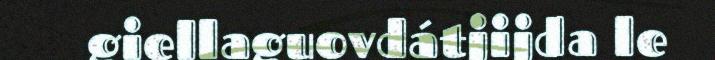
giellaguovdátjijda le